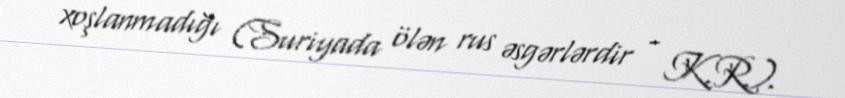
xoşlanmadığı (Suriyada ölən rus əsgərlərdir - K.R.).